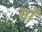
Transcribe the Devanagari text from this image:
द्याँ